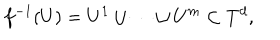
LaTeX: f ^ { - 1 } ( U ) = U ^ { 1 } \cup \cdots \cup U ^ { m } \subset T ^ { d } ,